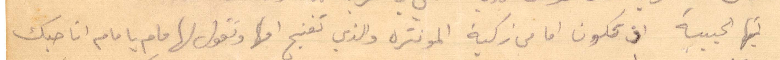
أيها الحبيبة اذ تكون اما من زكيه المونترة والذي تغنج أمها وتقول لها مام يا مام انا حبك